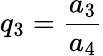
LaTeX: q_{3}=\frac{a_{3}}{a_{4}}